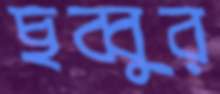
ছব্বুর